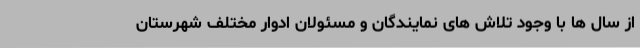
از سال ها با وجود تلاش های نمایندگان و مسئولان ادوار مختلف شهرستان